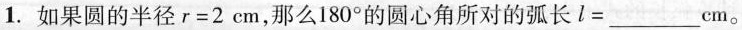
1.如果圆的半径$$r=2cm$$，那么180^{\circ}的圆心角所对的弧长$$l=___$$cm。